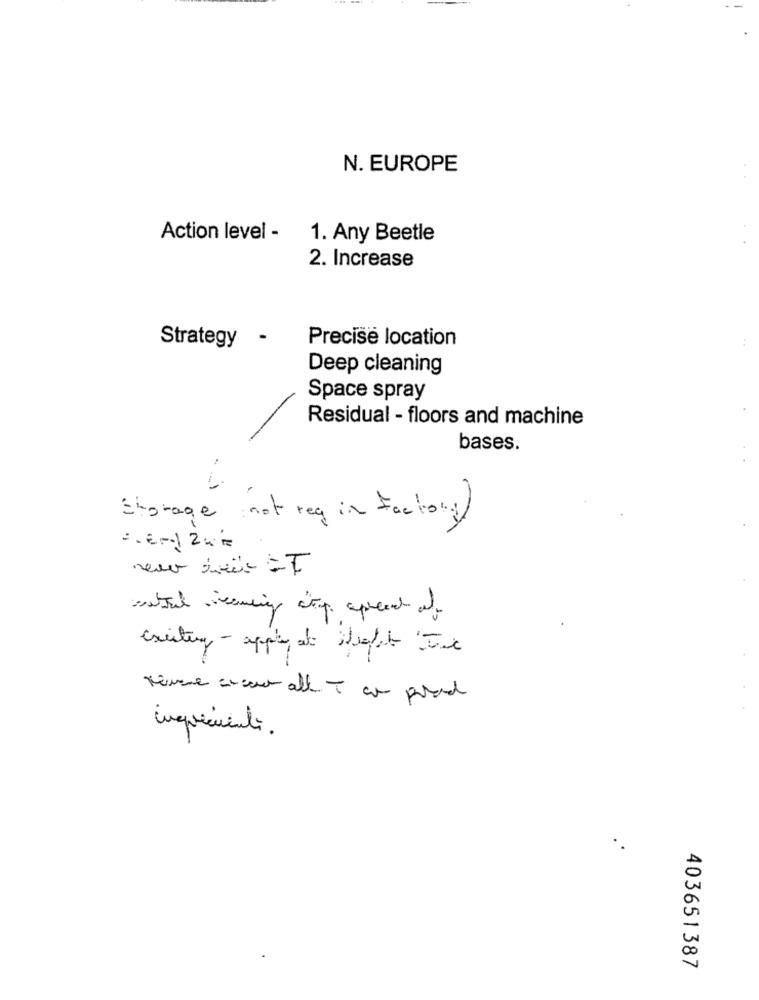
N. EUROPE
Action level -
1. Any Beetle
2. Increase
Precise location
Strategy
Deep cleaning
Space spray
Residual - floors and machine
bases.
Storage not reg in factory
exciting- apply at Night Te
revene areal all I can posad
ingredienti.
403651387